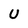
Character: U